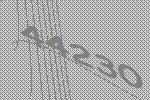
44230